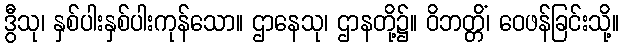
ဒွီသု၊ နှစ်ပါးနှစ်ပါးကုန်သော။ ဌာနေသု၊ ဌာနတို့၌။ ဝိဘတ္တိံ၊ ဝေဖန်ခြင်းသို့။